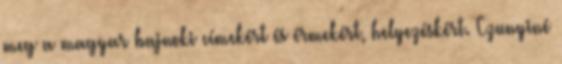
meg a magyar bajnoki címekért és érmekért, helyezéskért. Czunyiné